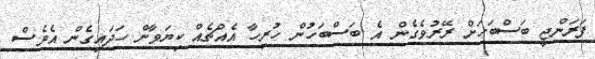
ފަރަންޖީ ބަސްބަހަށް ރޭރުވެގެން އެ ބަސްބަހުން ހުރިހާ އެއްޗެއް ކިޔަވާން ހަދައިގެން އެވެސް